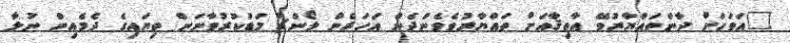
"އަވަހަށް ދާންތައްޔާރުވޭ އާތިޤާއަށް ތައްޔާރުވެވެންދެން އަހަރެން ލޯންޗު މަޑުކުރުވާނަން ތިޔައިގެ ދެމެއިން ނުލާ